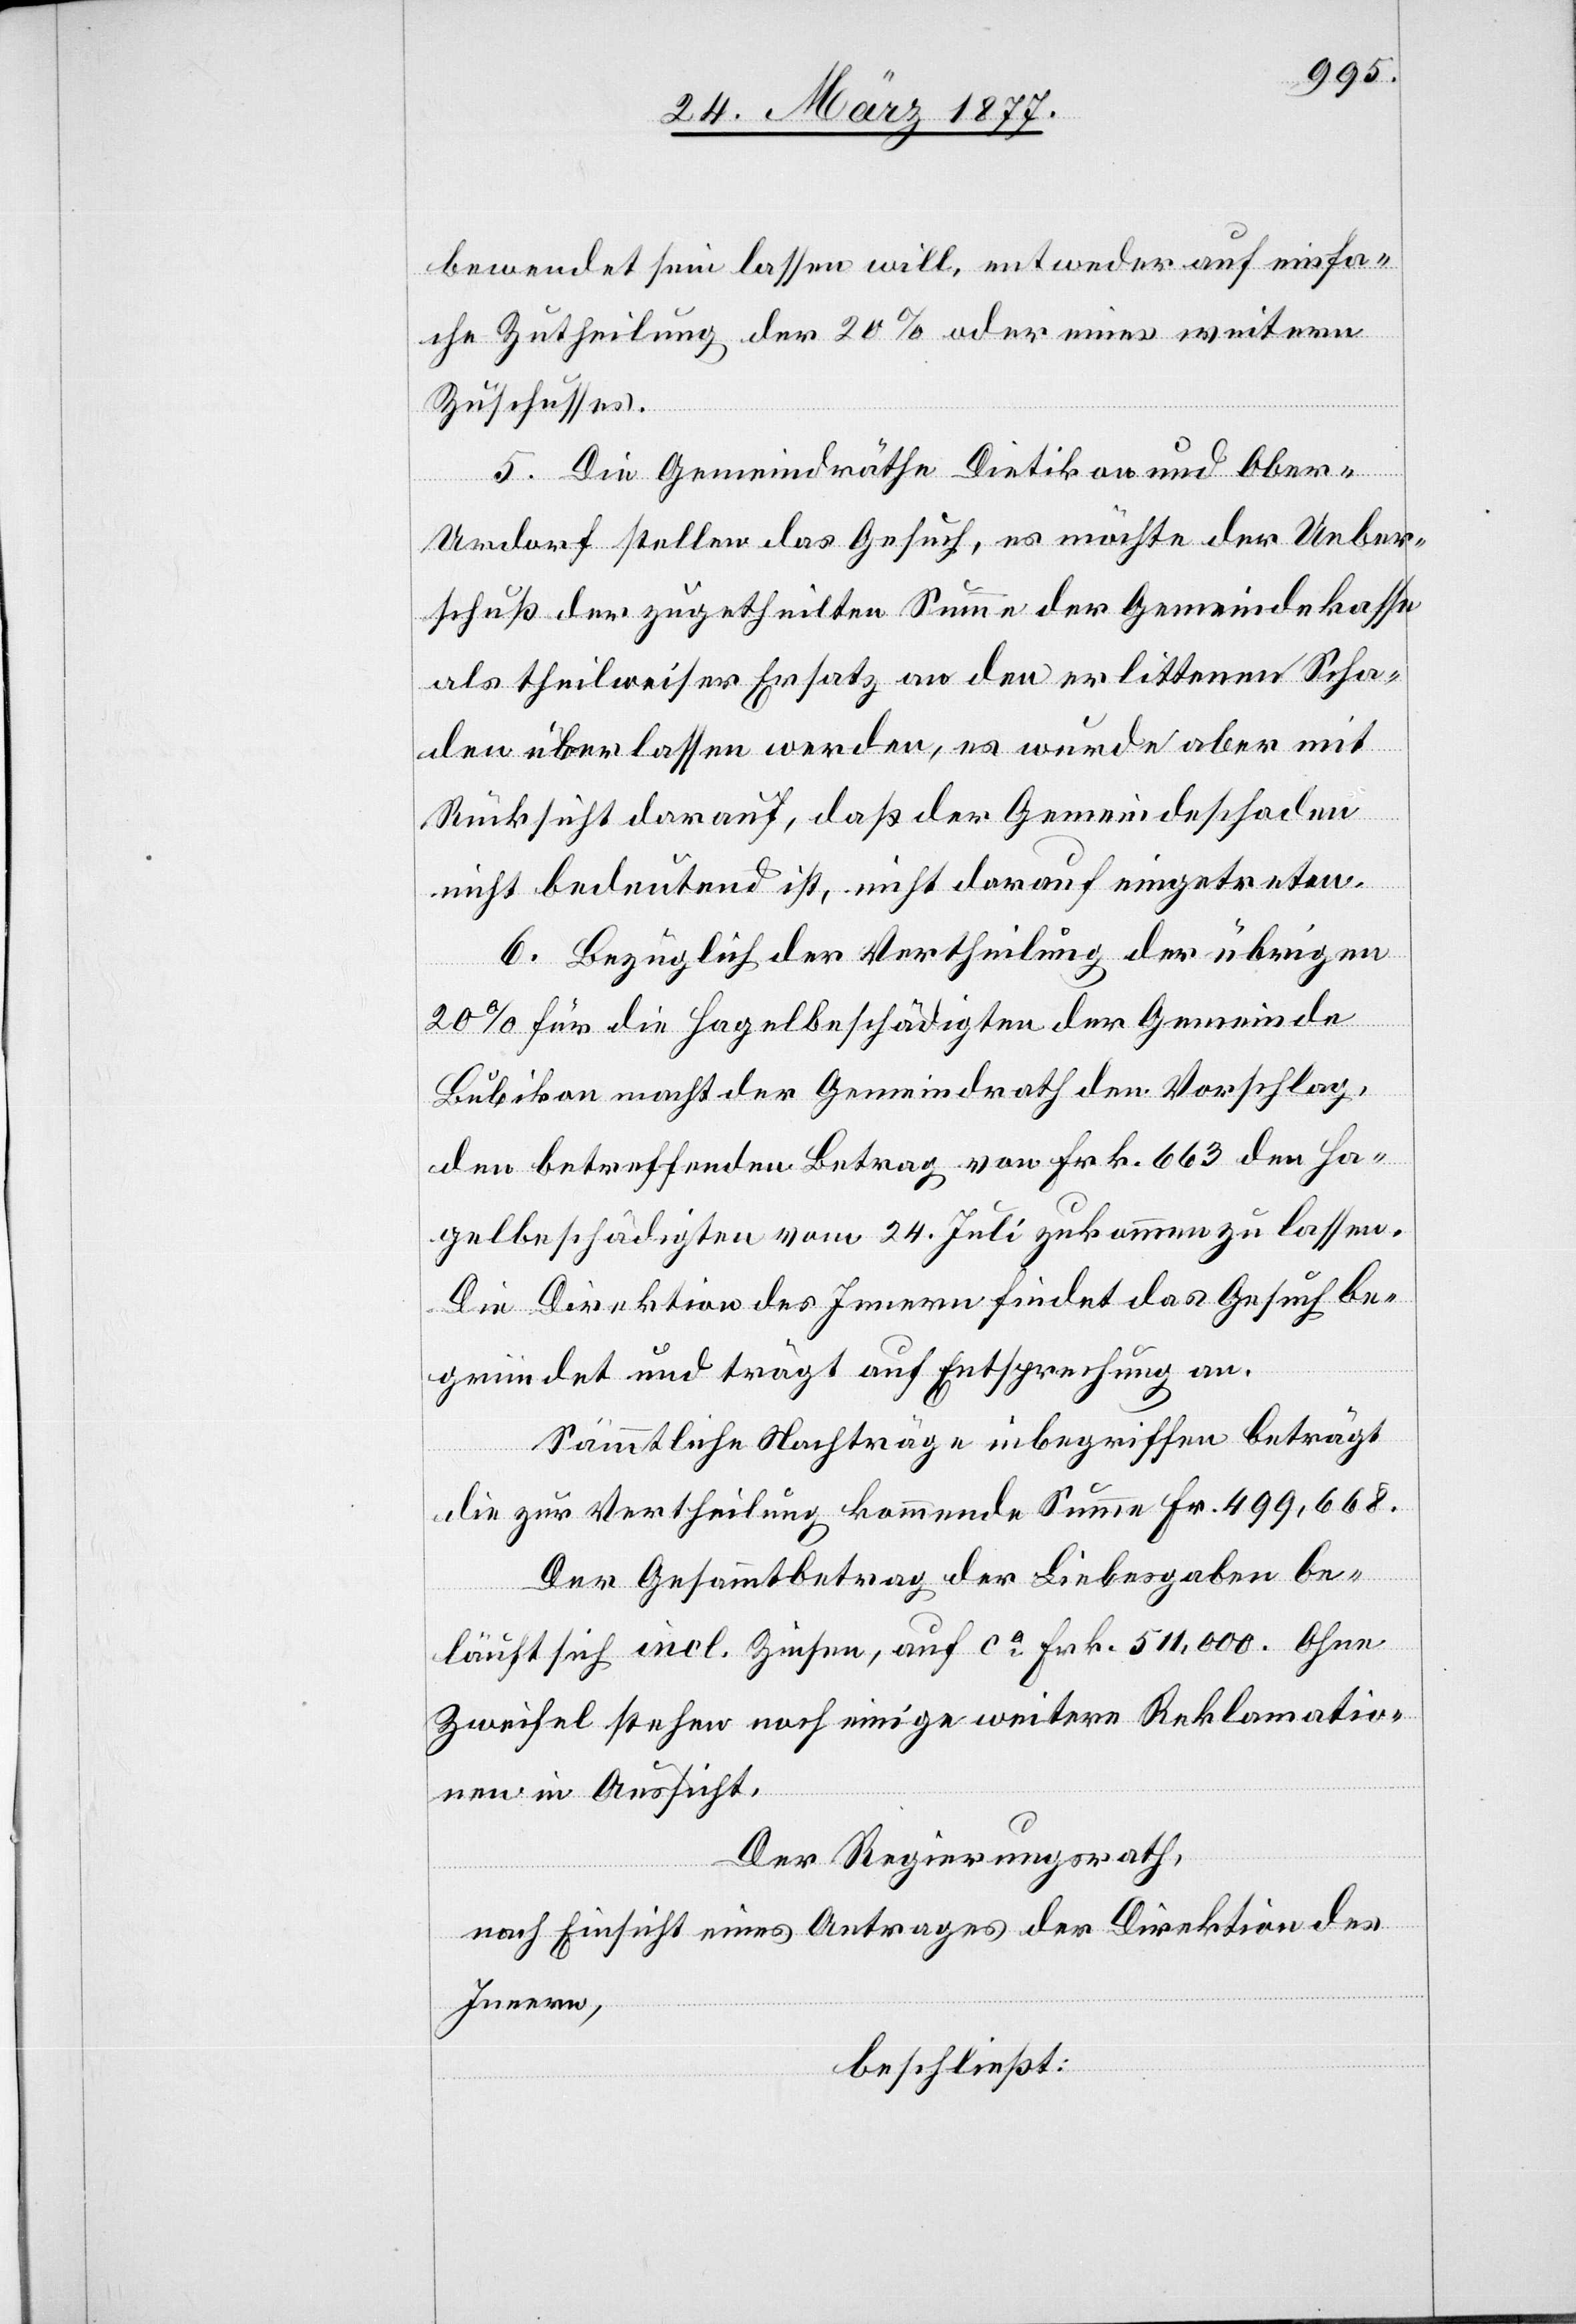
bewendet sein lassen will, entweder auf einfa¬
che Zutheilung der 20% oder eines weitern
Zuschusses.
5. Die Gemeindräthe Dietikon und Ober-U¬
rdorf stellen das Gesuch, es möchte der Ueber¬
schuß der zugetheilten Summe der Gemeindekasse
als theilweiser Ersatz an den erlittenen Scha¬
den überlassen werden, es wurde aber mit
Rücksicht darauf, daß der Gemeindeschaden
nicht bedeutend ist, nicht darauf eingetreten.
6. Bezüglich der Vertheilung der übrigen
20% für die Hagelbeschädigten der Gemeinde
Bubikon macht der Gemeindrath den Vorschlag,
den betreffenden Betrag von Frk. 663 den Ha¬
gelbeschädigten vom 24. Juli zukommen zu lassen.
Die Direktion des Innern findet das Gesuch be¬
gründet und trägt auf Entsprechung an.
Sämmtliche Nachträge inbegriffen beträgt
die zur Vertheilung kommende Summe Fr. 499,668.
Der Gesammtbetrag der Liebesgaben be¬
läuft sich incl. Zinsen, auf ca Frk. 511,000. Ohne
Zweifel stehen noch einige weitere Reklamatio¬
nen in Aussicht.
Der Regierungsrath,
nach Einsicht eines Antrages der Direktion des
Innern,
beschließt: